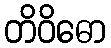
တိဝိဓော